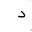
Letter: _dal